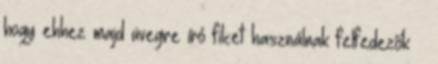
hogy ehhez majd üvegre író filcet használnak felfedezők –